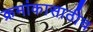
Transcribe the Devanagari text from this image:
क्रमांकासाठीच